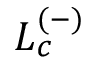
L _ { c } ^ { ( - ) }